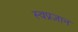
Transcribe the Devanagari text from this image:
स्वप्नज्ञान